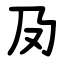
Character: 夃